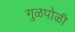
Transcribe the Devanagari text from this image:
गुळपोळी